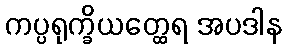
ကပ္ပရုက္ခိယတ္ထေရ အပဒါန